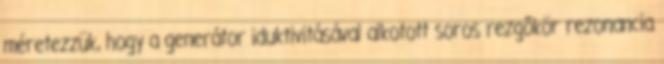
méretezzük, hogy a generátor iduktivitásával alkotott soros rezgõkör rezonancia